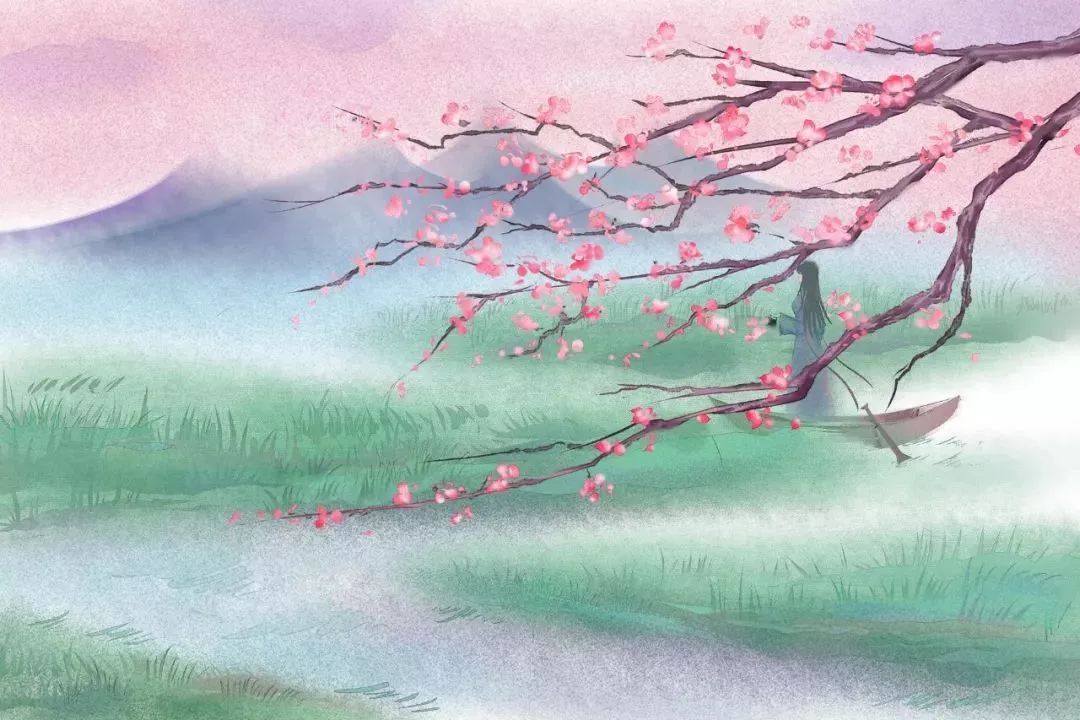
寄相思，寒雨灯窗，芙蓉旧院。